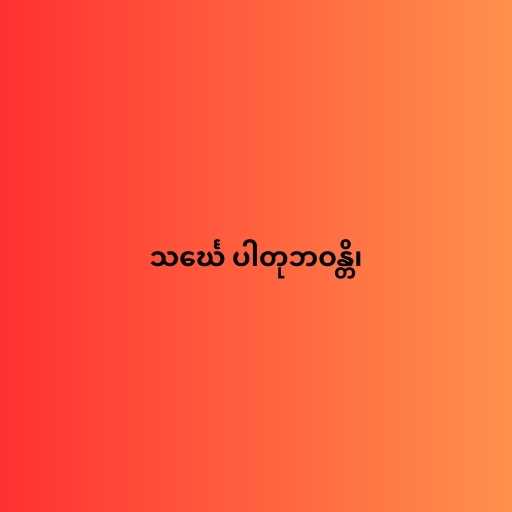
သင်္ဃေ ပါတုဘဝန္တိ၊